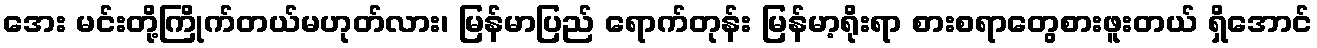
အေး မင်းတို့ကြိုက်တယ်မဟုတ်လား၊ မြန်မာပြည် ရောက်တုန်း မြန်မာ့ရိုးရာ စားစရာတွေစားဖူးတယ် ရှိအောင်